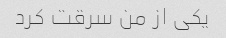
یکی از من سرقت کرد